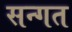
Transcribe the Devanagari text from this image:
सन्गत